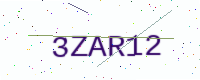
Text: 3ZAR12